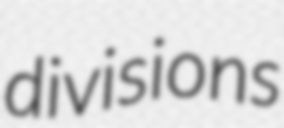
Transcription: divisions